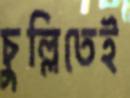
চুল্লিতেই